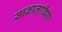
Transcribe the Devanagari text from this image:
साकाज़ाविया